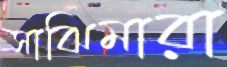
সাঝিমারা